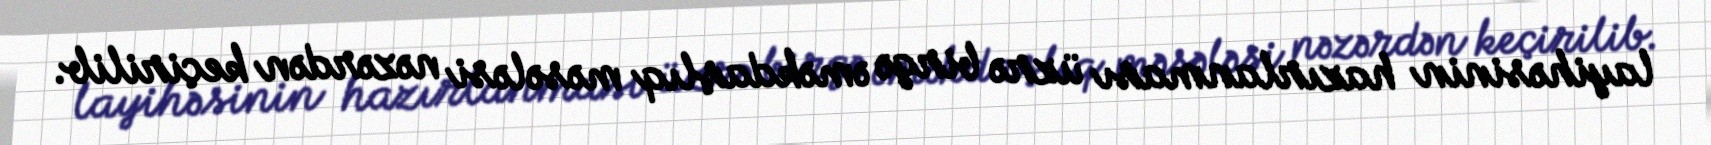
layihəsinin hazırlanması üzrə birgə əməkdaşlıq məsələsi nəzərdən keçirilib.